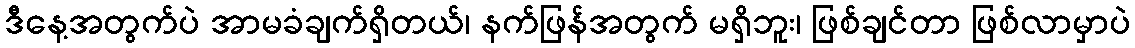
ဒီနေ့အတွက်ပဲ အာမခံချက်ရှိတယ်၊ နက်ဖြန်အတွက် မရှိဘူး၊ ဖြစ်ချင်တာ ဖြစ်လာမှာပဲ